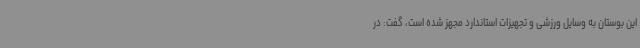
این بوستان به وسایل ورزشی و تجهیزات استاندارد مجهز شده است، گفت: در